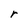
Character: r